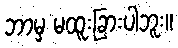
ဘာမှ မထူးခြားပါဘူး။